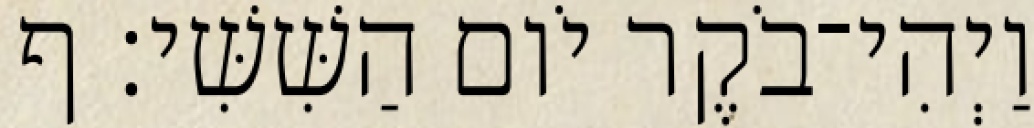
וַיְהִי־בֹקֶר יֹום הַשִּׁשִּׁי׃ ף